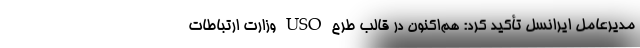
مدیرعامل ایرانسل تأکید کرد: هم‌اکنون در قالب طرح USO وزارت ارتباطات